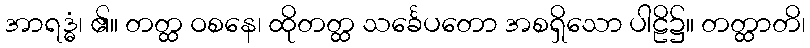
အာရဒ္ဓံ၊ ၏။ တတ္ထ ဝစနေ၊ ထိုတတ္ထ သင်္ခေပတော အစရှိသော ပါဠိ၌။ တတ္ထာတိ၊